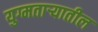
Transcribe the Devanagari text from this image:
युग्मताऱ्यातील